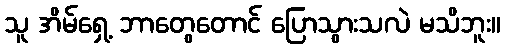
သူ အိမ်ရှေ့ ဘာတွေတောင် ပြောသွားသလဲ မသိဘူး။